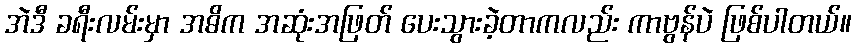
အဲဒီ ခရီးလမ်းမှာ အဓိက အဆုံးအဖြတ် ပေးသွားခဲ့တာကလည်း ကာဗွန်ပဲ ဖြစ်ပါတယ်။